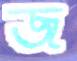
জ